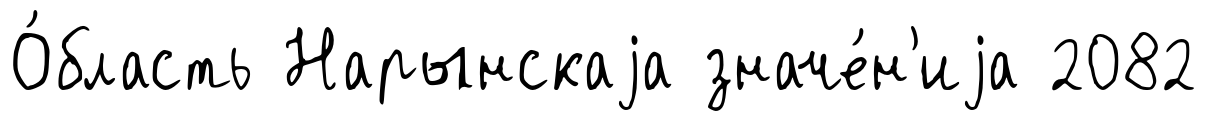
О́бласть Нарынскаjа значе́н'иjа 2082